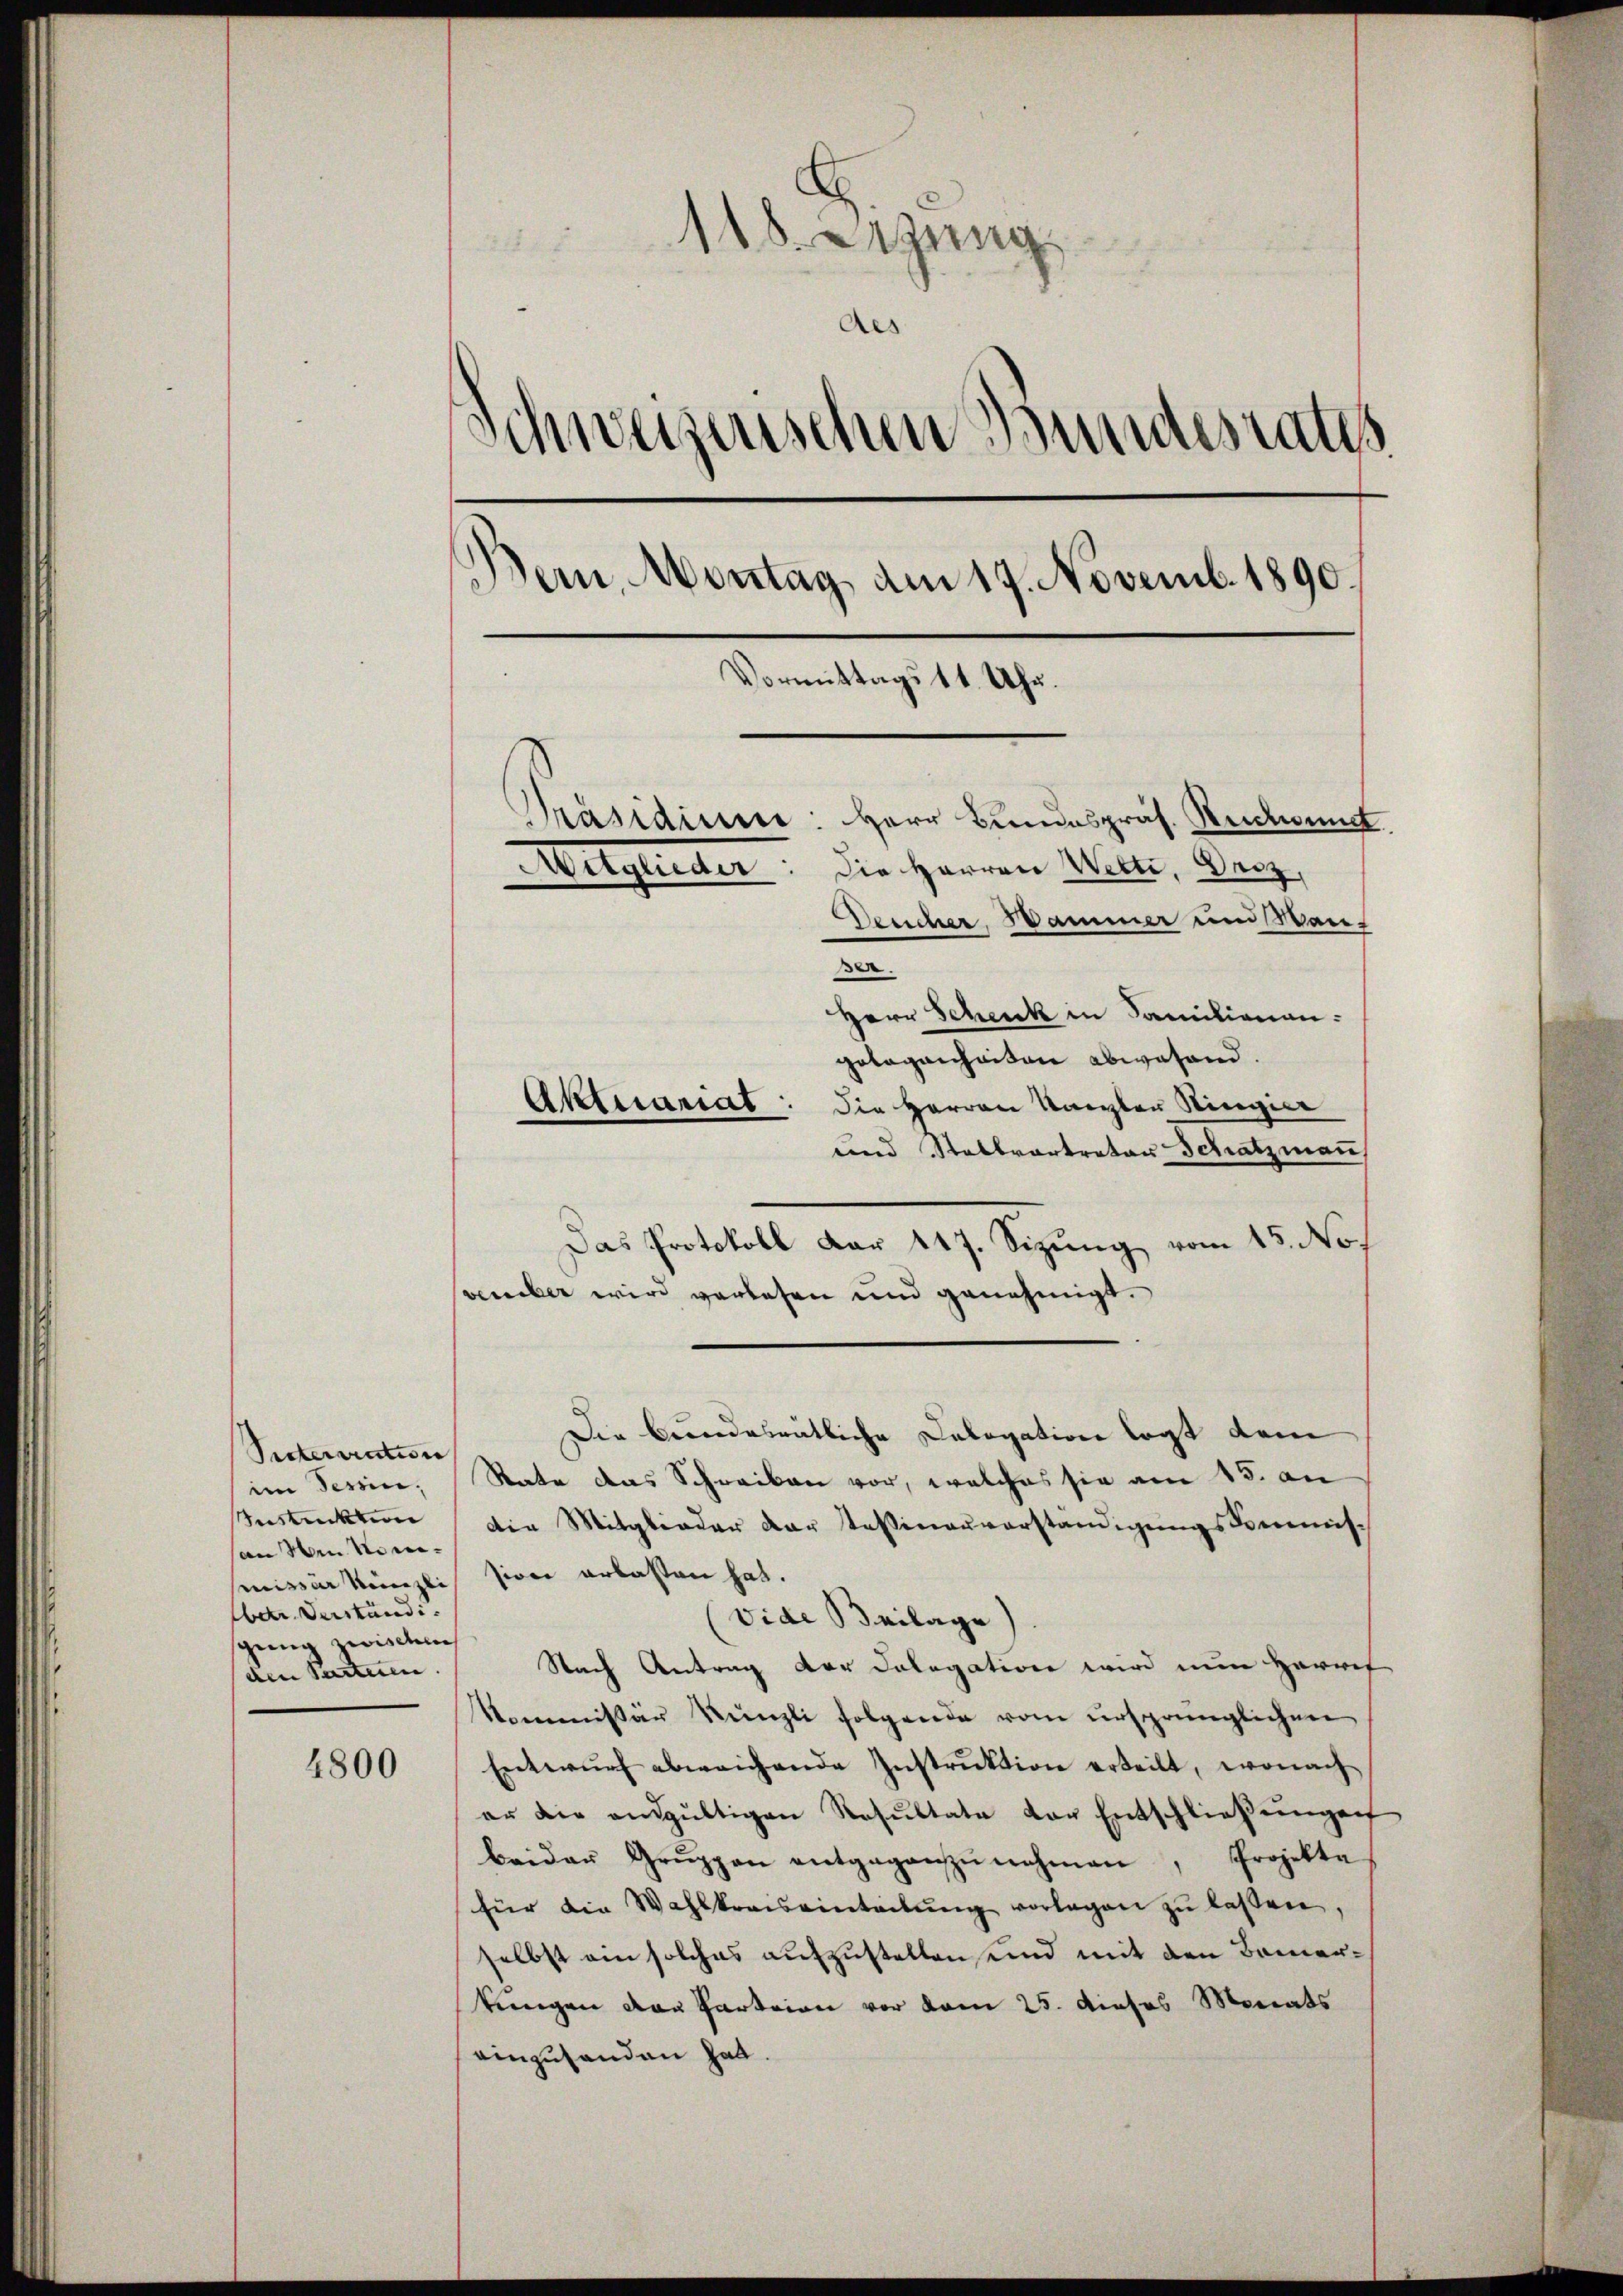
Secteriration
im Tessin,
Instickten
an den Nomimnisser Kinzli
betr. Verständi
sging zwischen
den Parteien. |

4800

f
118. Sitzung
Aes
Schweizerischen Bundesraths
Bern, Montag, am 17. Novemb. 1890.
Vormittags 11. Uhr.
Präsidium
Herr Bundespräs. Recund.
Mitglieder: Die Herren Wilte, Droz
Deucher Hammer und Wan¬
.

Herr Schenk in Familienanpotagenheiten abwesend.
Aktuariat: die Herren Kanzler Ringier
und Stellvertreter Schatzmann,
Das Protokoll dar 417. Sizung vom 15. No.
vember wird verlesen und genehmigt.
Die bundesrätliche Cologation legt dem
State das Schreiben vor, welches sie am 15. an
die Mitglieder der Tessinarverständigŭngskommis-
sion erlassen hat.
Vide Beilage)
Nach Antrag der Colegation wird nun Herref
Kommissär Künzli folgende vom ursprünglichen
Entwŭrf abweichende Instrŭktion erteilt, wonach
er die endgültigen Resŭltate der Entschlieβŭngen
beider Gruppen entgegenzŭnehmen, Projekte
für die Wahlkreiseinteilŭng vorlegen zŭ lassen,
selbst ein solches aufzustellen, und mit den Bemerkungen den Parteien vor vom 25. dieses Monats
einzuhanden hat.